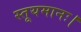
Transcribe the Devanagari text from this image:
स्तूयमानः।